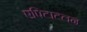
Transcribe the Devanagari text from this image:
एपिटाटलन